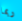
ربما